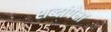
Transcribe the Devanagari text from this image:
शब्दांपेक्षा